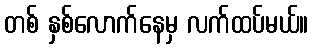
တစ် နှစ်လောက်နေမှ လက်ထပ်မယ်။